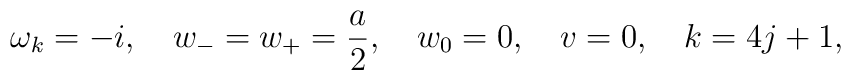
\omega _k=-i,\quad w_-=w_+=\frac a2,\quad w_0=0, \quad v= 0,\quad k=4j+1,